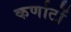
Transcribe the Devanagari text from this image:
कर्णाटों